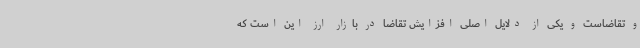
و تقاضاست و یکی از دلایل اصلی افزایش تقاضا در بازار ارز این است که